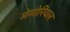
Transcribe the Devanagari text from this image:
मेमोरियल